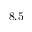
8 . 5